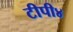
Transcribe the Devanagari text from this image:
टीपी४